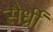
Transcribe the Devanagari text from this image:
सैर्ध्रीं